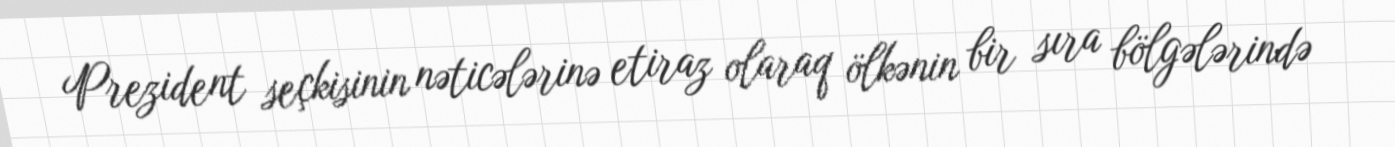
Prezident seçkisinin nəticələrinə etiraz olaraq ölkənin bir sıra bölgələrində